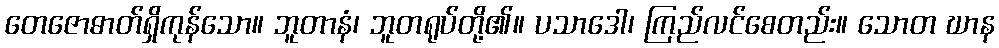
တေဇောဓာတ်ရှိကုန်သော။ ဘူတာနံ၊ ဘူတရုပ်တို့၏။ ပသာဒေါ၊ ကြည်လင်စေတည်း။ သောတ ဃာန